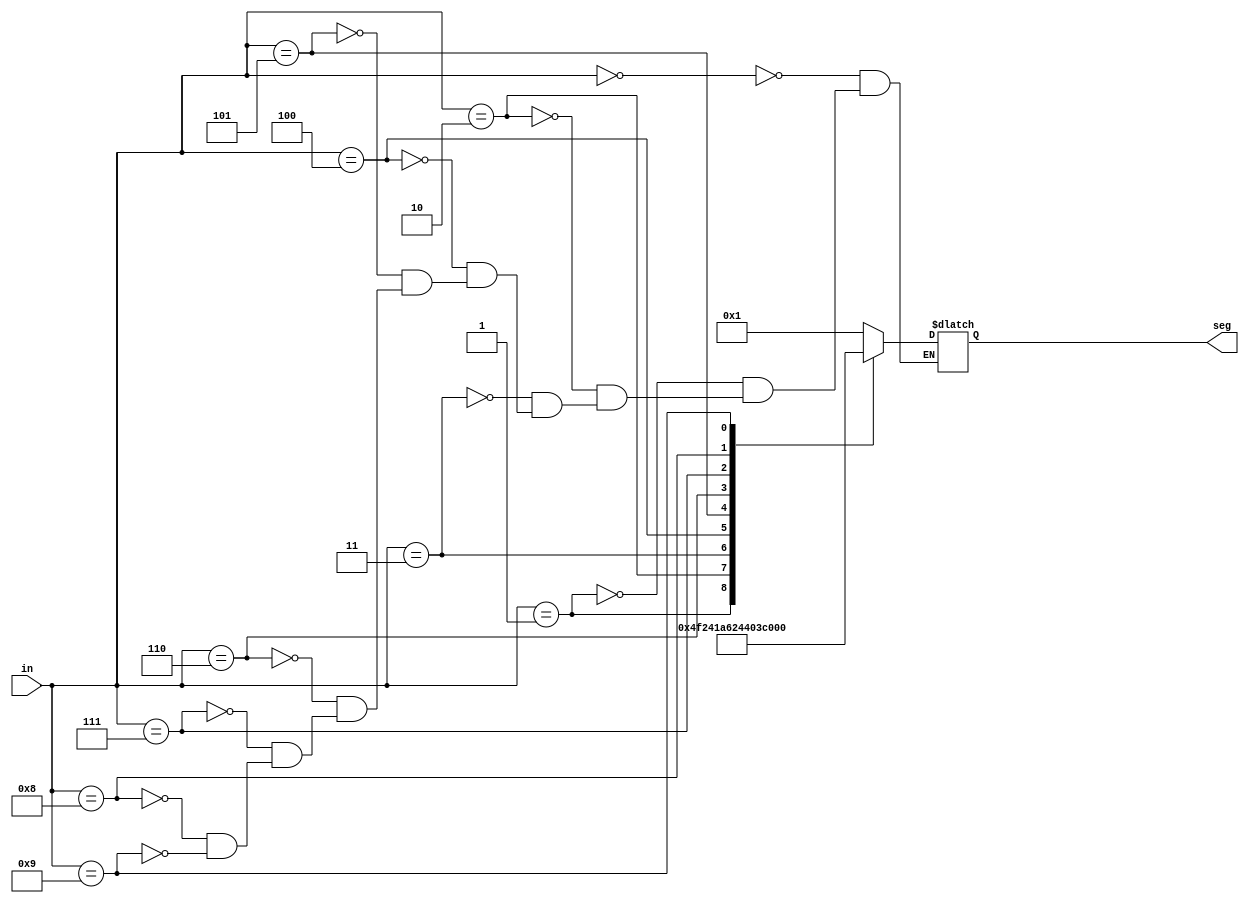
`timescale 1ns / 1ps
//////////////////////////////////////////////////////////////////////////////////
// Company: 
// Engineer: 
// 
// Design Name: 
// Module Name: Decoder_7_segment
// Project Name: 
// Target Devices: 
// Tool Versions: 
// Description: 
// 
// Dependencies: 
// 
// Revision:
// Revision 0.01 - File Created
// Additional Comments:
// 
//////////////////////////////////////////////////////////////////////////////////


module Decoder_7_segment(
    input [3:0] in,         //4 bits going in the segment
    output reg [6:0] seg        //display the bcd no in 7 segment
    );
    
    always@(in)
    begin
    case(in)
    0:seg=7'b0000001;
    1:seg=7'b1001111;
    2:seg=7'b0010010;
    3:seg=7'b0000110;
    4:seg=7'b1001100;
    5:seg=7'b0100100;
    6:seg=7'b0100000;
    7:seg=7'b0001111;
    8:seg=7'b0000000;
    9:seg=7'b0000100;
    endcase
    end
    
    
    
endmodule